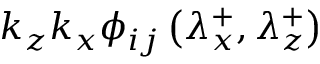
k _ { z } k _ { x } \phi _ { i j } \left( \lambda _ { x } ^ { + } , \lambda _ { z } ^ { + } \right)